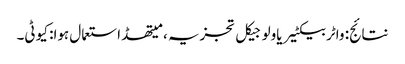
نتائج: واٹر بیکٹیریاولوجیکل تجزیہ ، میتھڈ استعمال ہوا: کیو ٹی۔